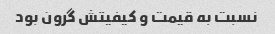
نسبت به قیمت و کیفیتش گرون بود